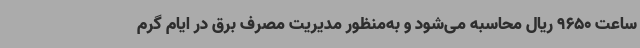
ساعت 9650 ریال محاسبه می‌شود و به‌منظور مدیریت مصرف برق در ایام گرم